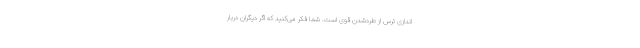
اندازی ترس از طردشدن قوی است. شما فکر می‌کنید که اگر دیگران دربار